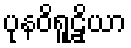
ပုနဝိရူဠှိယာ